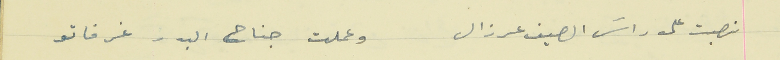
نصبت على راسَ الصيف عرزال                            وعملت جناح البدر غرفاتو